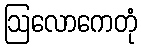
ဩလောကေတုံ